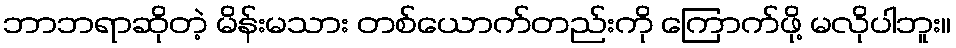
ဘာဘရာဆိုတဲ့ မိန်းမသား တစ်ယောက်တည်းကို ကြောက်ဖို့ မလိုပါဘူး။